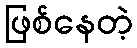
ဖြစ်နေတဲ့